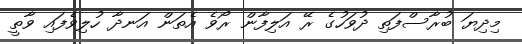
މިދިޔަ ބުރާސްފަތި ދުވަހުގެ ރޭ އަލިފާން ރޯވެ އެތަން އަނދާ ހުލިވެފައި ވާތީ